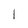
Character: I